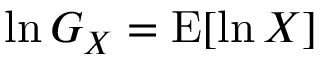
\ln G _ { X } = \operatorname { E } [ \ln X ]